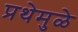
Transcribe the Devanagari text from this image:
प्रथेमुळे